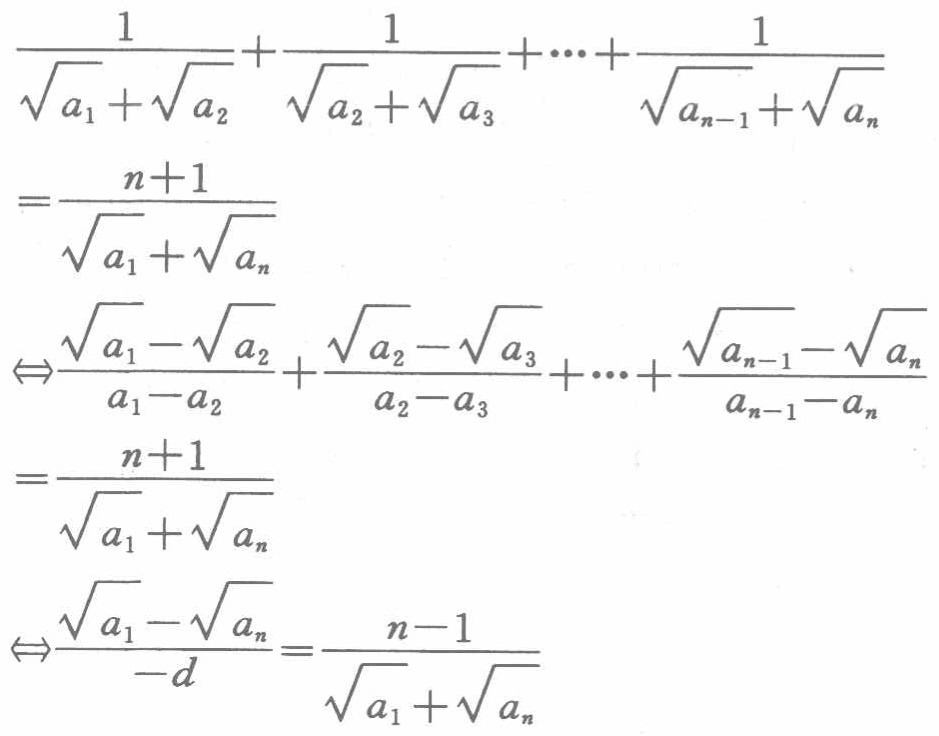
\[
\begin{align*}
&\frac{1}{\sqrt{a_1}+\sqrt{a_2}}+\frac{1}{\sqrt{a_2}+\sqrt{a_3}}+\cdots+\frac{1}{\sqrt{a_{n - 1}}+\sqrt{a_n}}\\
=&\frac{n + 1}{\sqrt{a_1}+\sqrt{a_n}}\\
\Leftrightarrow&\frac{\sqrt{a_1}-\sqrt{a_2}}{a_1 - a_2}+\frac{\sqrt{a_2}-\sqrt{a_3}}{a_2 - a_3}+\cdots+\frac{\sqrt{a_{n - 1}}-\sqrt{a_n}}{a_{n - 1}-a_n}\\
=&\frac{n + 1}{\sqrt{a_1}+\sqrt{a_n}}\\
\Leftrightarrow&\frac{\sqrt{a_1}-\sqrt{a_n}}{-d}=\frac{n - 1}{\sqrt{a_1}+\sqrt{a_n}}
\end{align*}
\]